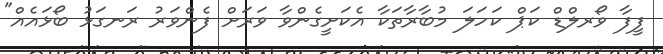
ފީފާ ވޯރލްޑް ކަޕް ކަހަލަ މުބާރާތަކާ އެކަށީގެންވާ ވަރަށް ފެންވަރު ރަނގަޅު ބޯޅައެއް"